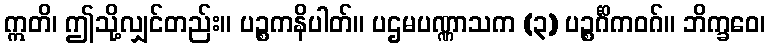
ဣတိ၊ ဤသို့လျှင်တည်း။ ပဉ္စကနိပါတ်။ ပဌမပဏ္ဏာသက (၃) ပဉ္စင်္ဂိကဝဂ်။ ဘိက္ခဝေ၊